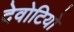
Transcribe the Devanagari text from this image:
देवोटियो